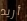
أريد